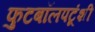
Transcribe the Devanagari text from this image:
फुटबॉलपटूंशी